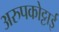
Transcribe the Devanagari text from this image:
अरुपकोट्टाई